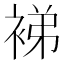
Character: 𬡜